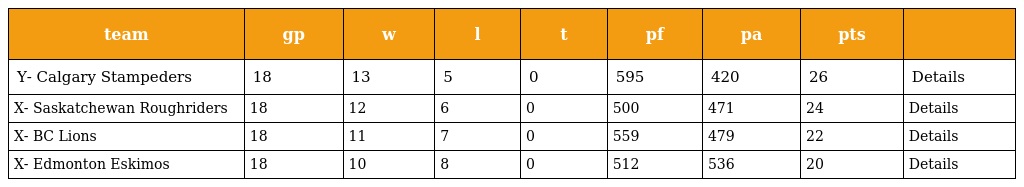
| team | gp | w | l | t | pf | pa | pts |  |
 | --- | --- | --- | --- | --- | --- | --- | --- | --- |
 | Y- Calgary Stampeders | 18 | 13 | 5 | 0 | 595 | 420 | 26 | Details |
 | X- Saskatchewan Roughriders | 18 | 12 | 6 | 0 | 500 | 471 | 24 | Details |
 | X- BC Lions | 18 | 11 | 7 | 0 | 559 | 479 | 22 | Details |
 | X- Edmonton Eskimos | 18 | 10 | 8 | 0 | 512 | 536 | 20 | Details |